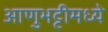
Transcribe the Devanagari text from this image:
आणुभट्टीमध्ये